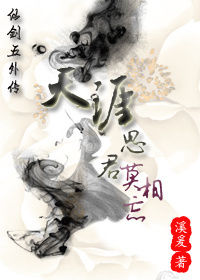
所向泥活活，思君令人瘦。